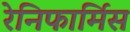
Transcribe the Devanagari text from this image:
रेनिफार्मिस